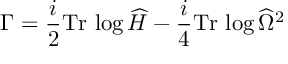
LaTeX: \Gamma = { \frac { i } { 2 } } \mathrm { T r } \, \log \widehat { \cal H } - \frac { i } { 4 } \mathrm { T r } \, \log \widehat { \Omega } ^ { 2 }